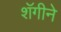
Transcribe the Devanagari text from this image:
शॅगीने